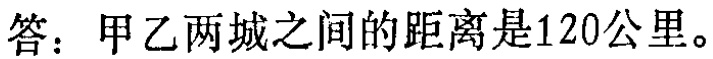
答：甲乙两城之间的距离是120公里。